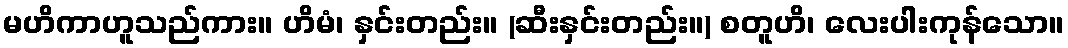
မဟိကာဟူသည်ကား။ ဟိမံ၊ နှင်းတည်း။ (ဆီးနှင်းတည်း။) စတူဟိ၊ လေးပါးကုန်သော။